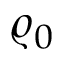
\varrho _ { 0 }